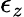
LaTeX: \epsilon_{z}